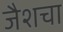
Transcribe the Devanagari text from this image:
जैशचा